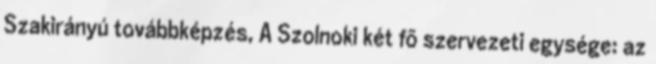
Szakirányú továbbképzés, A Szolnoki két fõ szervezeti egysége: az